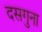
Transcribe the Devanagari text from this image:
दसगुना